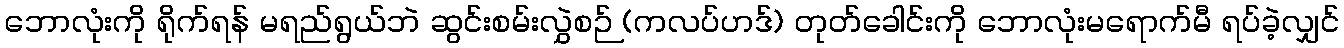
ဘောလုံးကို ရိုက်ရန် မရည်ရွယ်ဘဲ ဆွင်းစမ်းလွှဲစဉ် (ကလပ်ဟဒ်) တုတ်ခေါင်းကို ဘောလုံးမရောက်မီ ရပ်ခဲ့လျှင်